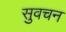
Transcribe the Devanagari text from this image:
सुवचन